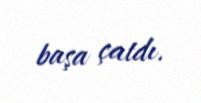
başa çatdı.